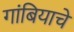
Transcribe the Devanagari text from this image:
गांबियाचे